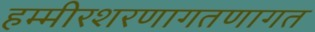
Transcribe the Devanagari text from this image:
हम्मीरशरणागतणागत